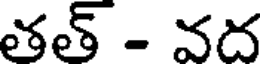
తత్ - వద